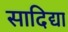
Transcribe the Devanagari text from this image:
सादिद्या